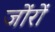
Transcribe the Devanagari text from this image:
जोंरों